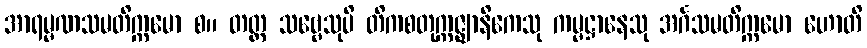
အာရမ္မဏသမတိက္ကမော စ။ တတ္ထ သဗ္ဗေသုပိ တိကစတုက္ကဇ္ဈာနိကေသု ကမ္မဋ္ဌာနေသု အင်္ဂသမတိက္ကမော ဟောတိ